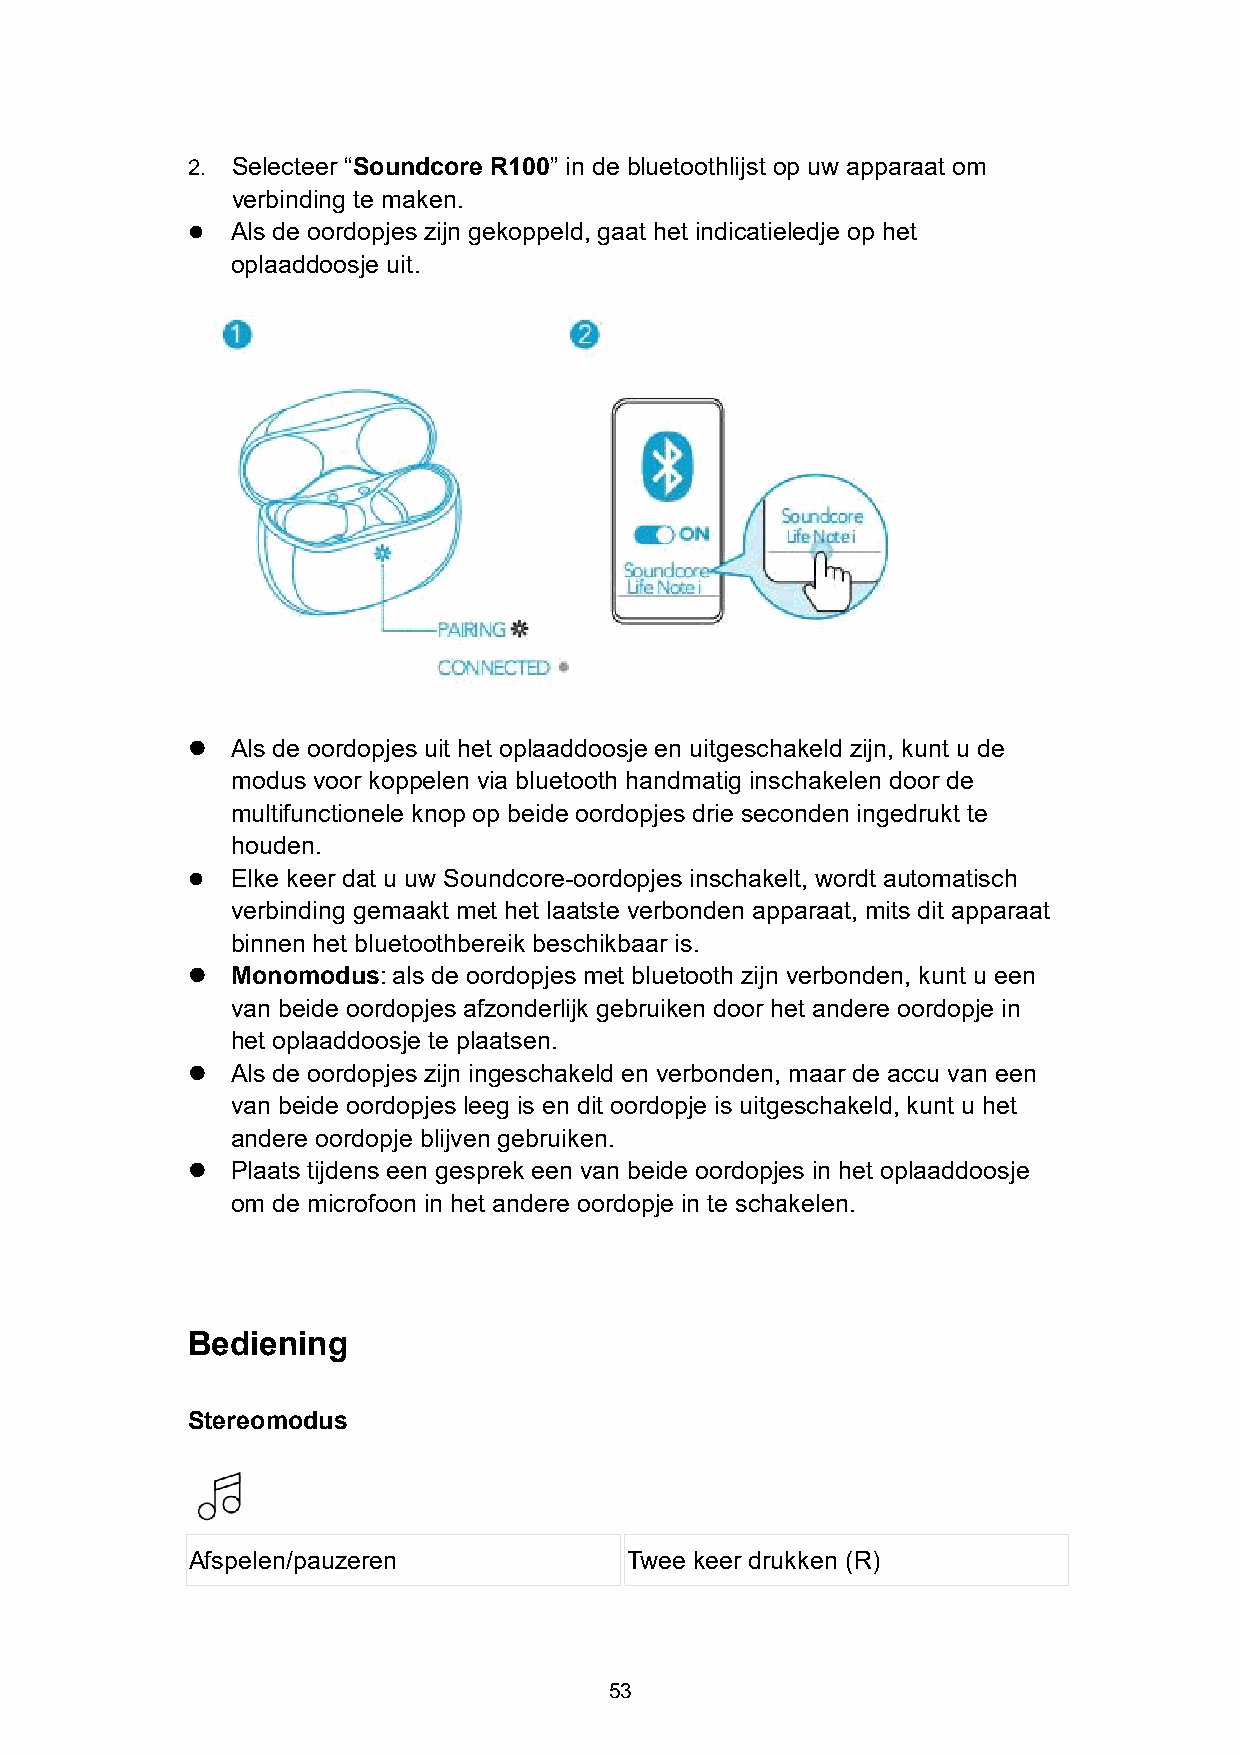
2. Selecteer “Soundcore R100” in de bluetoothlijst op uw apparaat om
 verbinding te maken.
   Als de oordopjes zijn gekoppeld, gaat het indicatieledje op het
 oplaaddoosje uit.
   Als de oordopjes uit het oplaaddoosje en uitgeschakeld zijn, kunt u de
 modus voor koppelen via bluetooth handmatig inschakelen door de
 multifunctionele knop op beide oordopjes drie seconden ingedrukt te
 houden.
   Elke keer dat u uw Soundcore-oordopjes inschakelt, wordt automatisch
 verbinding gemaakt met het laatste verbonden apparaat, mits dit apparaat
 binnen het bluetoothbereik beschikbaar is.
   Monomodus:als de oordopjes met bluetooth zijn verbonden, kunt u een
 van beide oordopjes afzonderlijk gebruiken door het andere oordopje in
 het oplaaddoosje te plaatsen.
   Als de oordopjes zijn ingeschakeld en verbonden, maar de accu van een
 van beide oordopjes leeg is en dit oordopje is uitgeschakeld, kunt u het
 andere oordopje blijven gebruiken.
   Plaats tijdens een gesprek een van beide oordopjes in het oplaaddoosje
 om de microfoon in het andere oordopje in te schakelen.
 Bediening
 Stereomodus
 Afspelen/pauzeren            Twee keer drukken (R)
 53